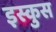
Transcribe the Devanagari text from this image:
इस्कुस